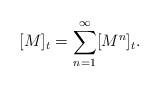
LaTeX: \begin{align*} [M]_t = \sum_{n=1}^{\infty}[M^n]_t. \end{align*}